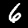
Digit: 6